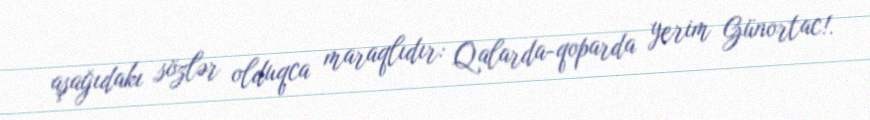
aşağıdakı sözlər olduqca maraqlıdır: Qalarda-qoparda yerim Günortac!.